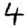
Digit: 4